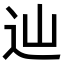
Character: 辿